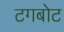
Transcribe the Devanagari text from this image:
टगबोट